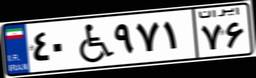
۴۰W۹۷۱۷۶